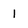
Character: 1